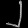
Digit: ၂